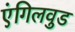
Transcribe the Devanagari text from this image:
एंगिलवुड